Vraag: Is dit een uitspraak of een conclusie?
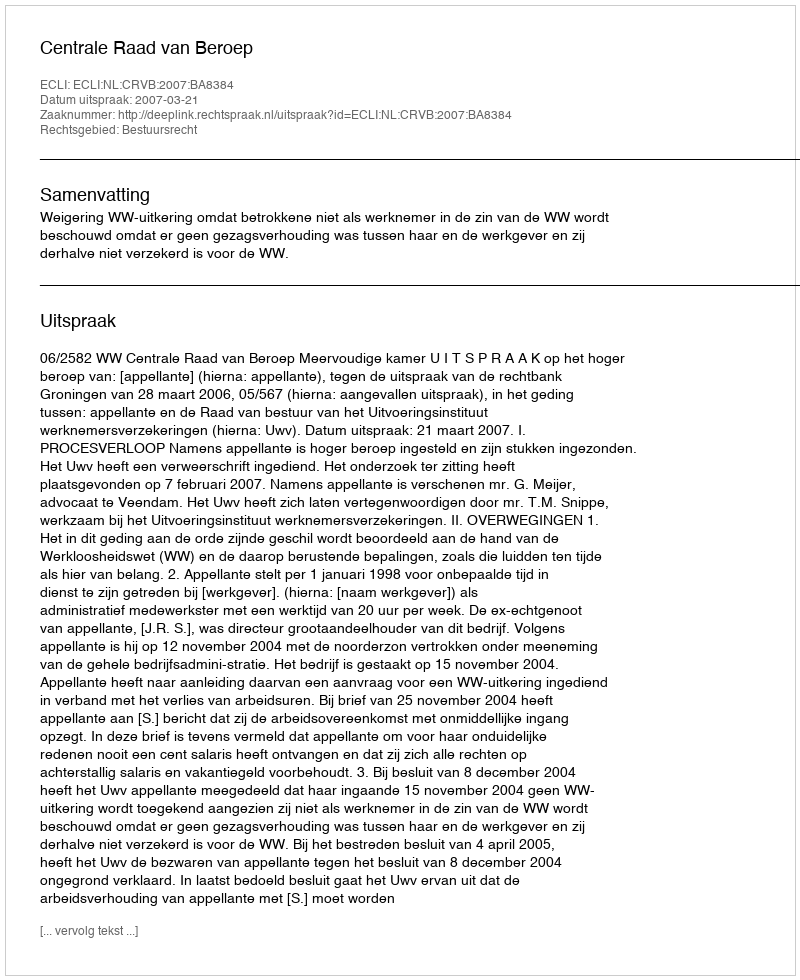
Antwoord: Uitspraak